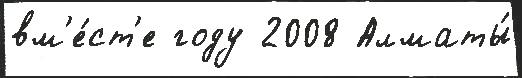
вм'е́ст'е году 2008 Алматы́